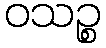
ဝသဉ္စ